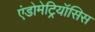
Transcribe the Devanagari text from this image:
एंडोमेट्रियॉसिस